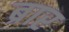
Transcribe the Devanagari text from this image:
ब्रार